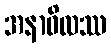
အနာဝိလဿ